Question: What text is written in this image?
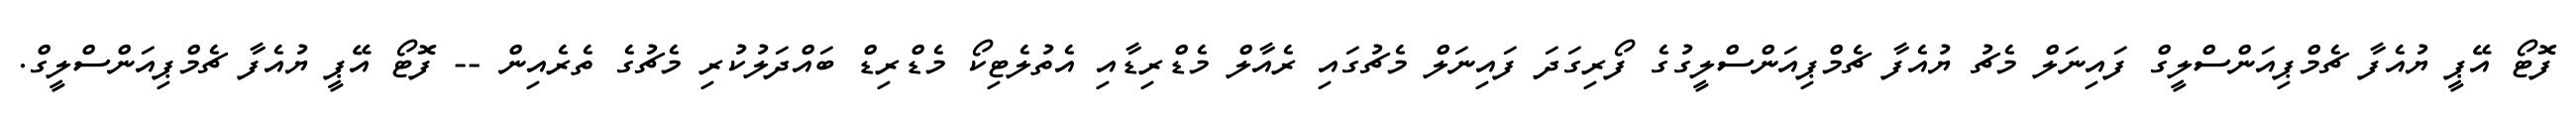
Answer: ފޮޓޯ އޭޕީ ޔުއެފާ ޗެމްޕިއަންސްލީގް ފައިނަލް މެޗު ޔުއެފާ ޗެމްޕިއަންސްލީގުގެ ފޯރިގަދަ ފައިނަލް މެޗުގައި ރެއާލް މެޑްރިޑާއި އެތުލެޓިކޯ މެޑްރިޑް ބައްދަލުކުރި މެޗުގެ ތެރެއިން -- ފޮޓޯ އޭޕީ ޔުއެފާ ޗެމްޕިއަންސްލީގް.